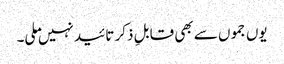
یوں جموں سے بھی قابلِ ذکر تائید نہیں ملی۔